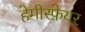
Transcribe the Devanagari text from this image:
हेमीस्फ़ेयर